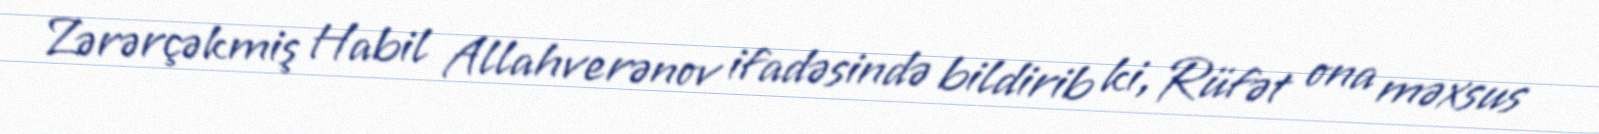
Zərərçəkmiş Habil Allahverənov ifadəsində bildirib ki, Rüfət ona məxsus